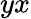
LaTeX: yx